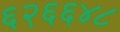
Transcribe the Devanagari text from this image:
६२६६४८